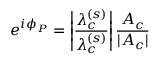
e ^ { i \phi _ { P } } = \left| \frac { \lambda _ { c } ^ { ( s ) } } { \lambda _ { c } ^ { ( s ) } } \right| \frac { A _ { c } } { | A _ { c } | }